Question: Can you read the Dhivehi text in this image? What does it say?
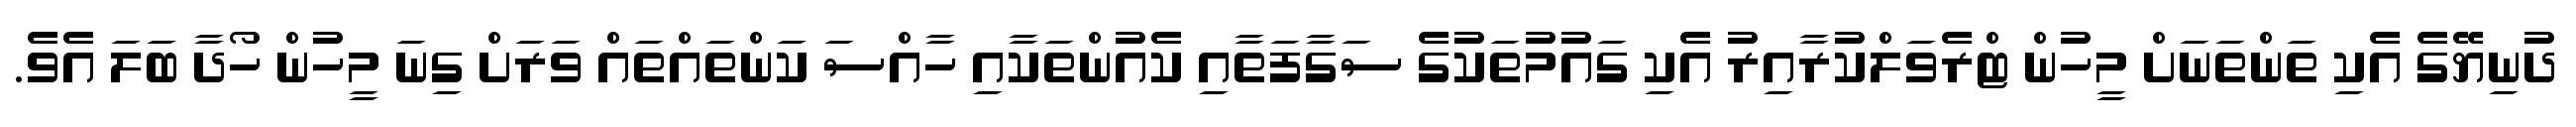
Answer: ދުނިޔޭގެ އެކި ތަންތަނަށް މީހުން ޓްރެވަލްކުރާއިރު އެކި ގައުމުތަކުގެ ސަގާފަތާއި ކެއުންތަކާއި ހާއްސަ ކަންތައްތައް ވަރަށް ގިނަ މީހުން ހޯދާ ބަލަ އެވެ.